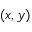
( x , y )